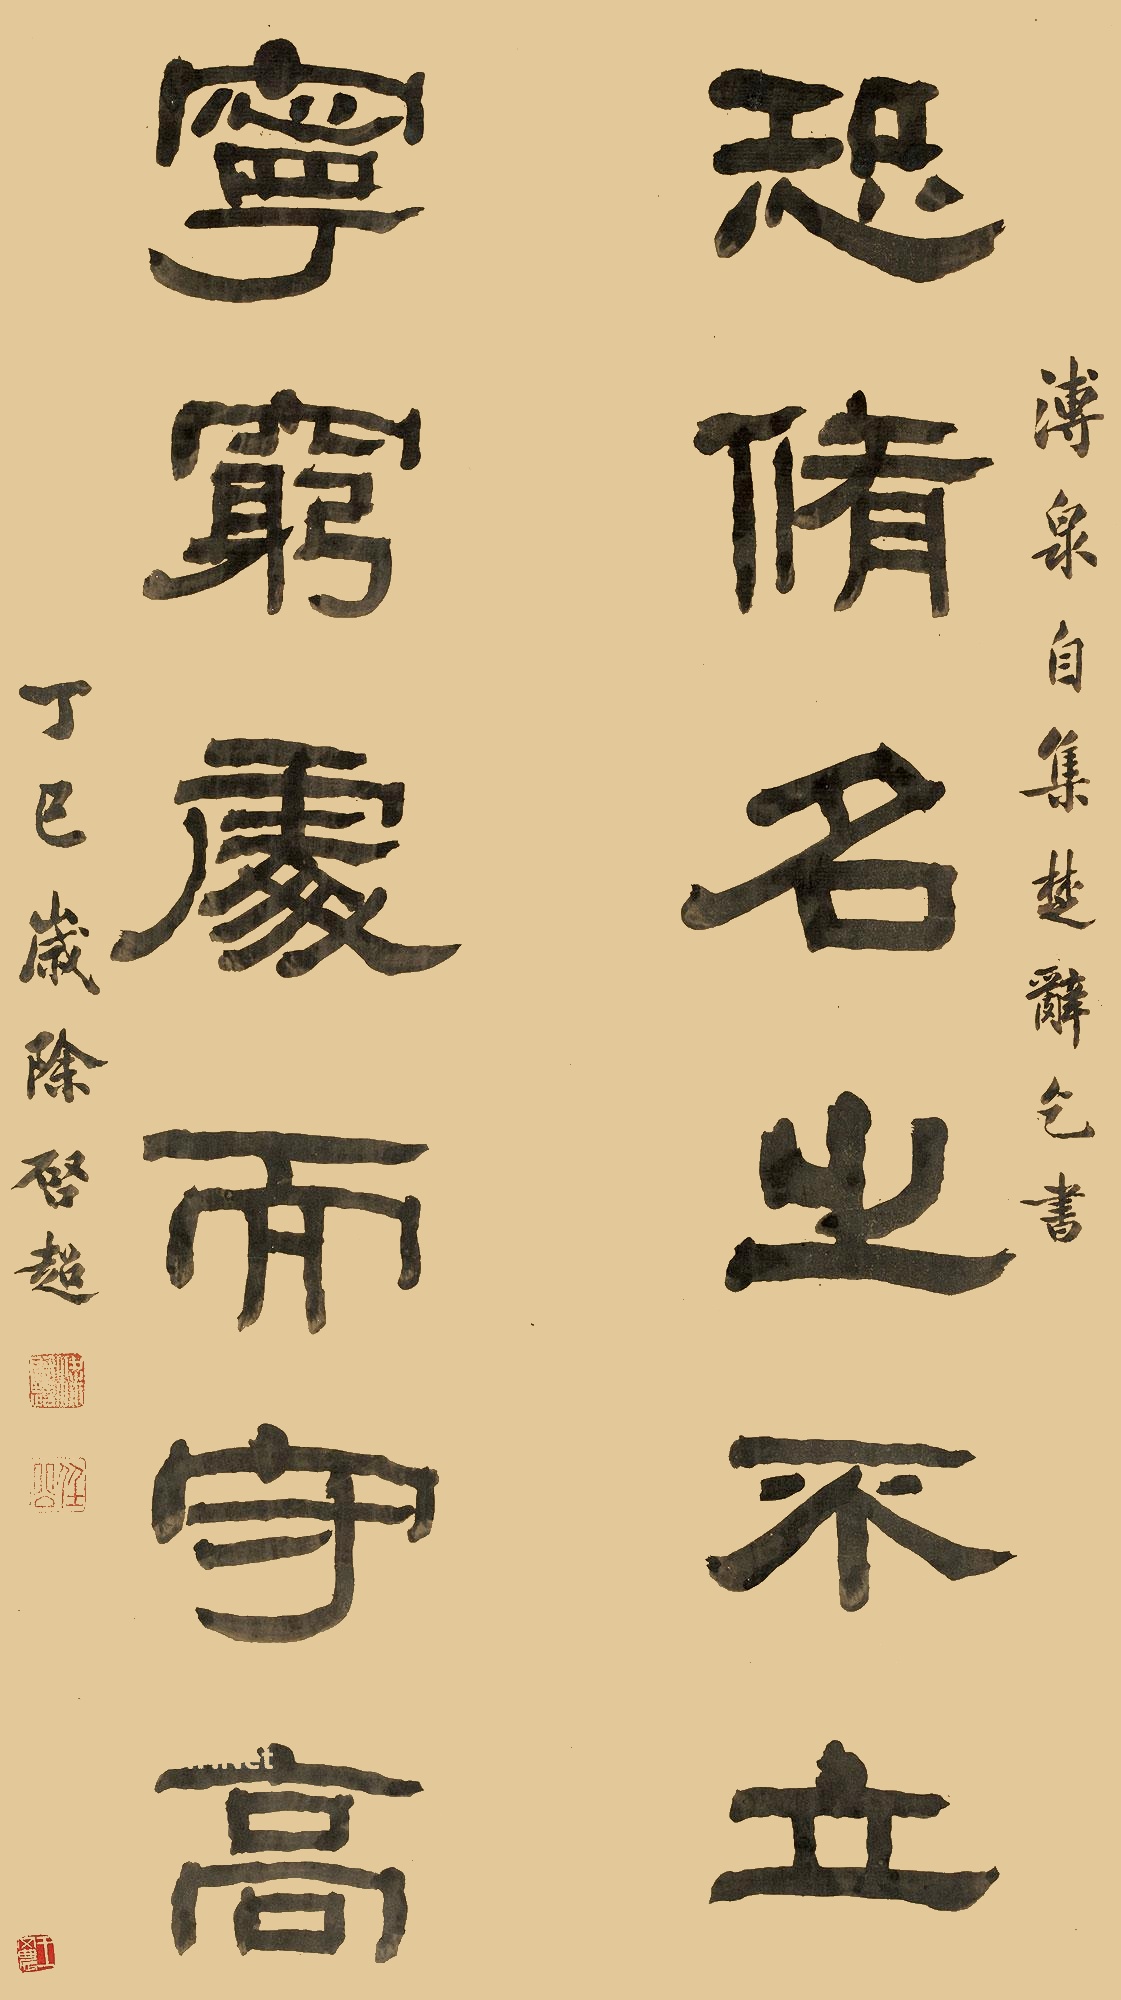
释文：恐修名之不立，宁穷处而守高。溥泉自集楚辞乞书，丁巳岁除，启超。